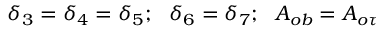
\delta _ { 3 } = \delta _ { 4 } = \delta _ { 5 } ; ~ ~ \delta _ { 6 } = \delta _ { 7 } ; ~ ~ A _ { o b } = A _ { o \tau }